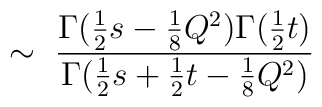
\sim~ \frac{\Gamma (\frac{1}{2}s-\frac{1}{8}Q^2)\Gamma (\frac{1}{2}t)}{\Gamma (\frac{1}{2}s+\frac{1}{2}t-\frac{1}{8}Q^2)}